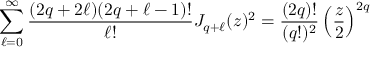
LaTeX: \sum _ { \ell = 0 } ^ { \infty } \frac { ( 2 q + 2 \ell ) ( 2 q + \ell - 1 ) ! } { \ell ! } J _ { q + \ell } ( z ) ^ { 2 } = \frac { ( 2 q ) ! } { ( q ! ) ^ { 2 } } \left( \frac { z } { 2 } \right) ^ { 2 q }